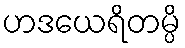
ဟဒယေရိတမ္ပိ